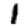
Digit: 1